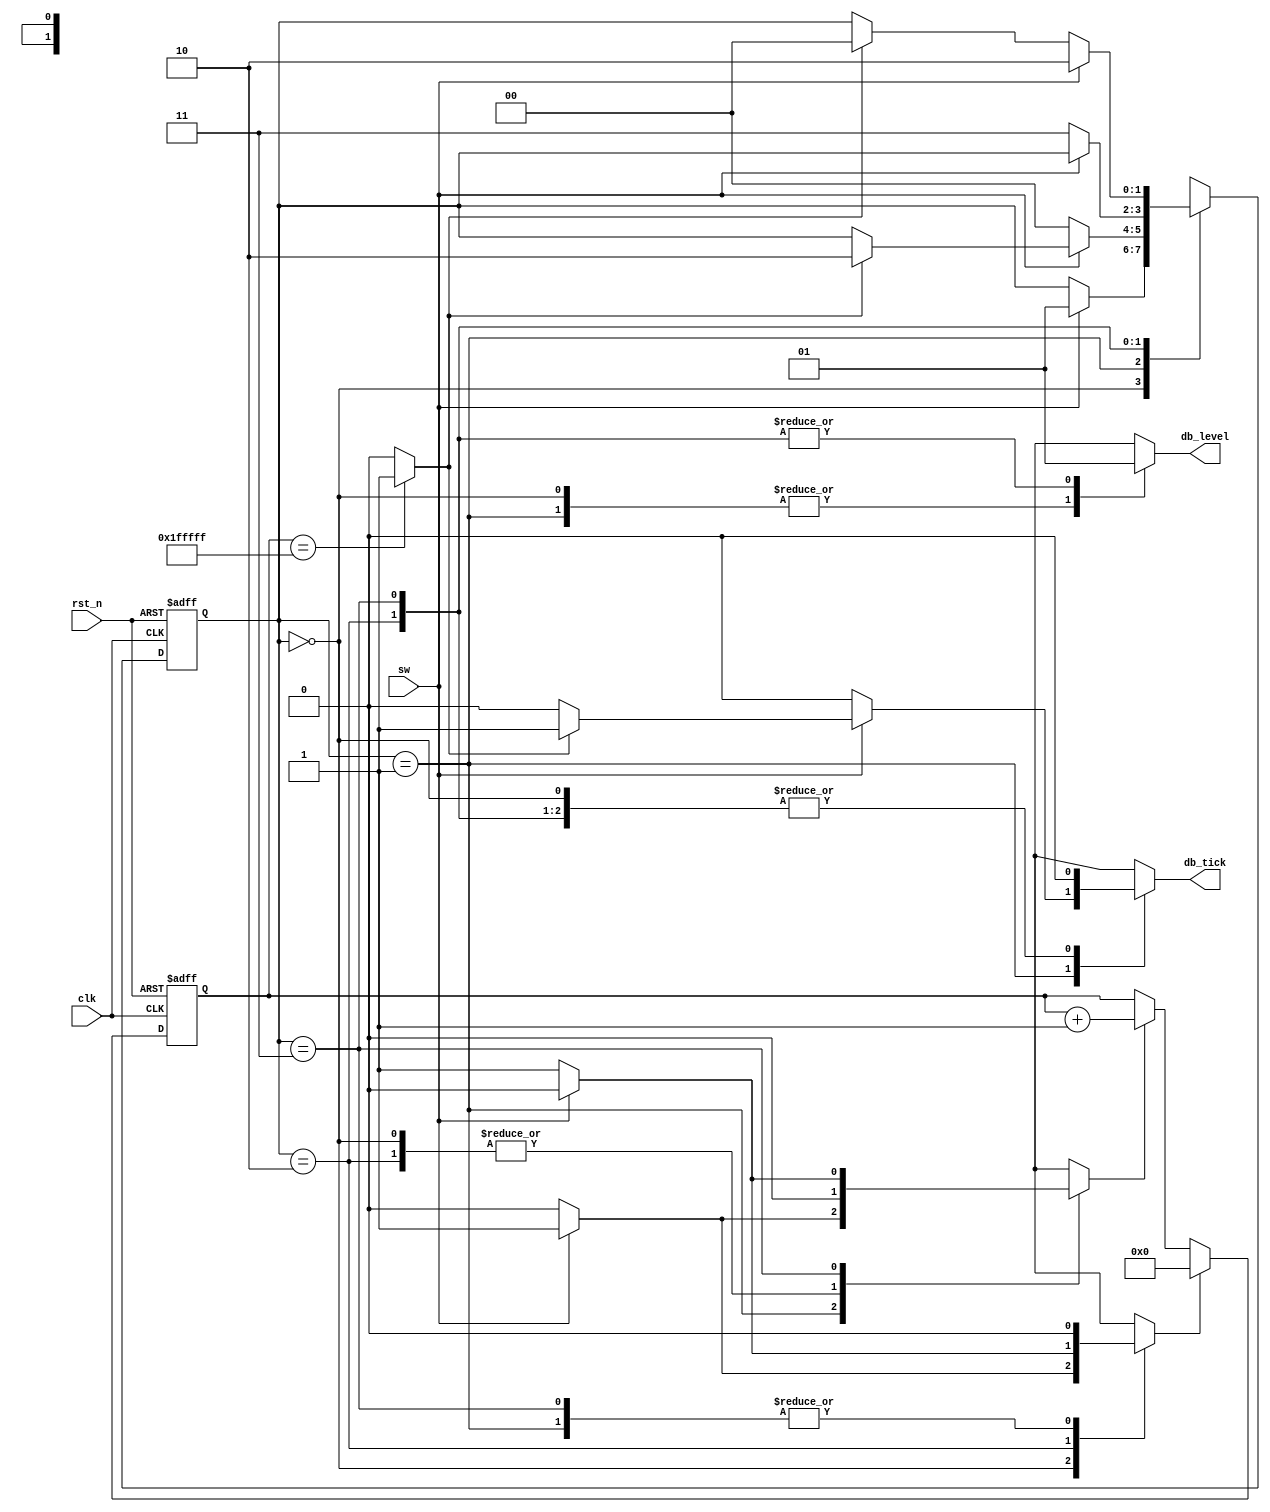
// This program was cloned from: https://github.com/AngeloJacobo/FPGA_RealTime_and_Static_Sobel_Edge_Detection
// License: MIT License

`timescale 1ns / 1ps

module debounce_explicit(
	input wire clk,rst_n,
	input wire sw,
	output reg db_level,db_tick
    );
	/*
	
	debounce_explicit
	(
		.clk(clk),
		.rst_n(rst_n),
		.sw(sw),
		.db_level(),
		.db_tick(key_tick)
    );
	 
	 */
	 
	 //FSM symbolic declaration
	 localparam[1:0]  idle=2'b00,
							delay0=2'b01,
							one=2'b10,
							delay1=2'b11;
	 localparam N=21; //21 bits is 42ms -> 2^N/50MHz=42ms
	 reg[1:0] state_reg,state_nxt;
	 reg[N-1:0] timer_reg,timer_nxt;
	 reg timer_zero,timer_inc,timer_tick; //control and status signal
	 
	 //FSM and timer register
	 always @(posedge clk,negedge rst_n) begin
		if(!rst_n) begin
			state_reg<=idle;
			timer_reg<=0;
		end
		else begin
			state_reg<=state_nxt;
			timer_reg<=timer_nxt;
		end
	 end
	 
	 //FSM control path next-state logic
	 always @* begin
		state_nxt=state_reg;
		timer_zero=0;
		timer_inc=0;
		db_tick=0;
		db_level=0;       
		
		case(state_reg)
			  idle: if(sw==1) begin
							timer_zero=1; //load the timer with value of zero
							state_nxt=delay0;
					  end
			delay0: if(sw==1) begin
							timer_inc=1;//increment timer by 1
							if(timer_tick) begin //if timer reaches the max(nxt edge will wrap the timer to zero again)
								state_nxt=one; 
								db_tick=1;
							end
					  end
					  else state_nxt=idle;
		      one: begin
							db_level=1;
							if(sw==0) begin
								timer_zero=1;  //load the timer with value of zero
								state_nxt=delay1;
							end
					  end
		   delay1: begin
							db_level=1;
							if(sw==0) begin
								timer_inc=1;
								if(timer_tick) //if timer reaches the max(wherein the nxt edge will wrap the timer to zero again)
									state_nxt=idle;
							end
							else state_nxt=one;
					   end
			 default: state_nxt=idle;
			endcase					
		end
		
		//Datapath(timer) logic and operation
		always @* begin
			timer_nxt=timer_reg;
			if(timer_zero) timer_nxt=0; //load zero 
			else if(timer_inc) timer_nxt=timer_reg+1; //increment by one
			timer_tick=(timer_reg=={N{1'b1}})?1:0; //notify if timer is already at max
		end


endmodule